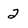
Character: 2